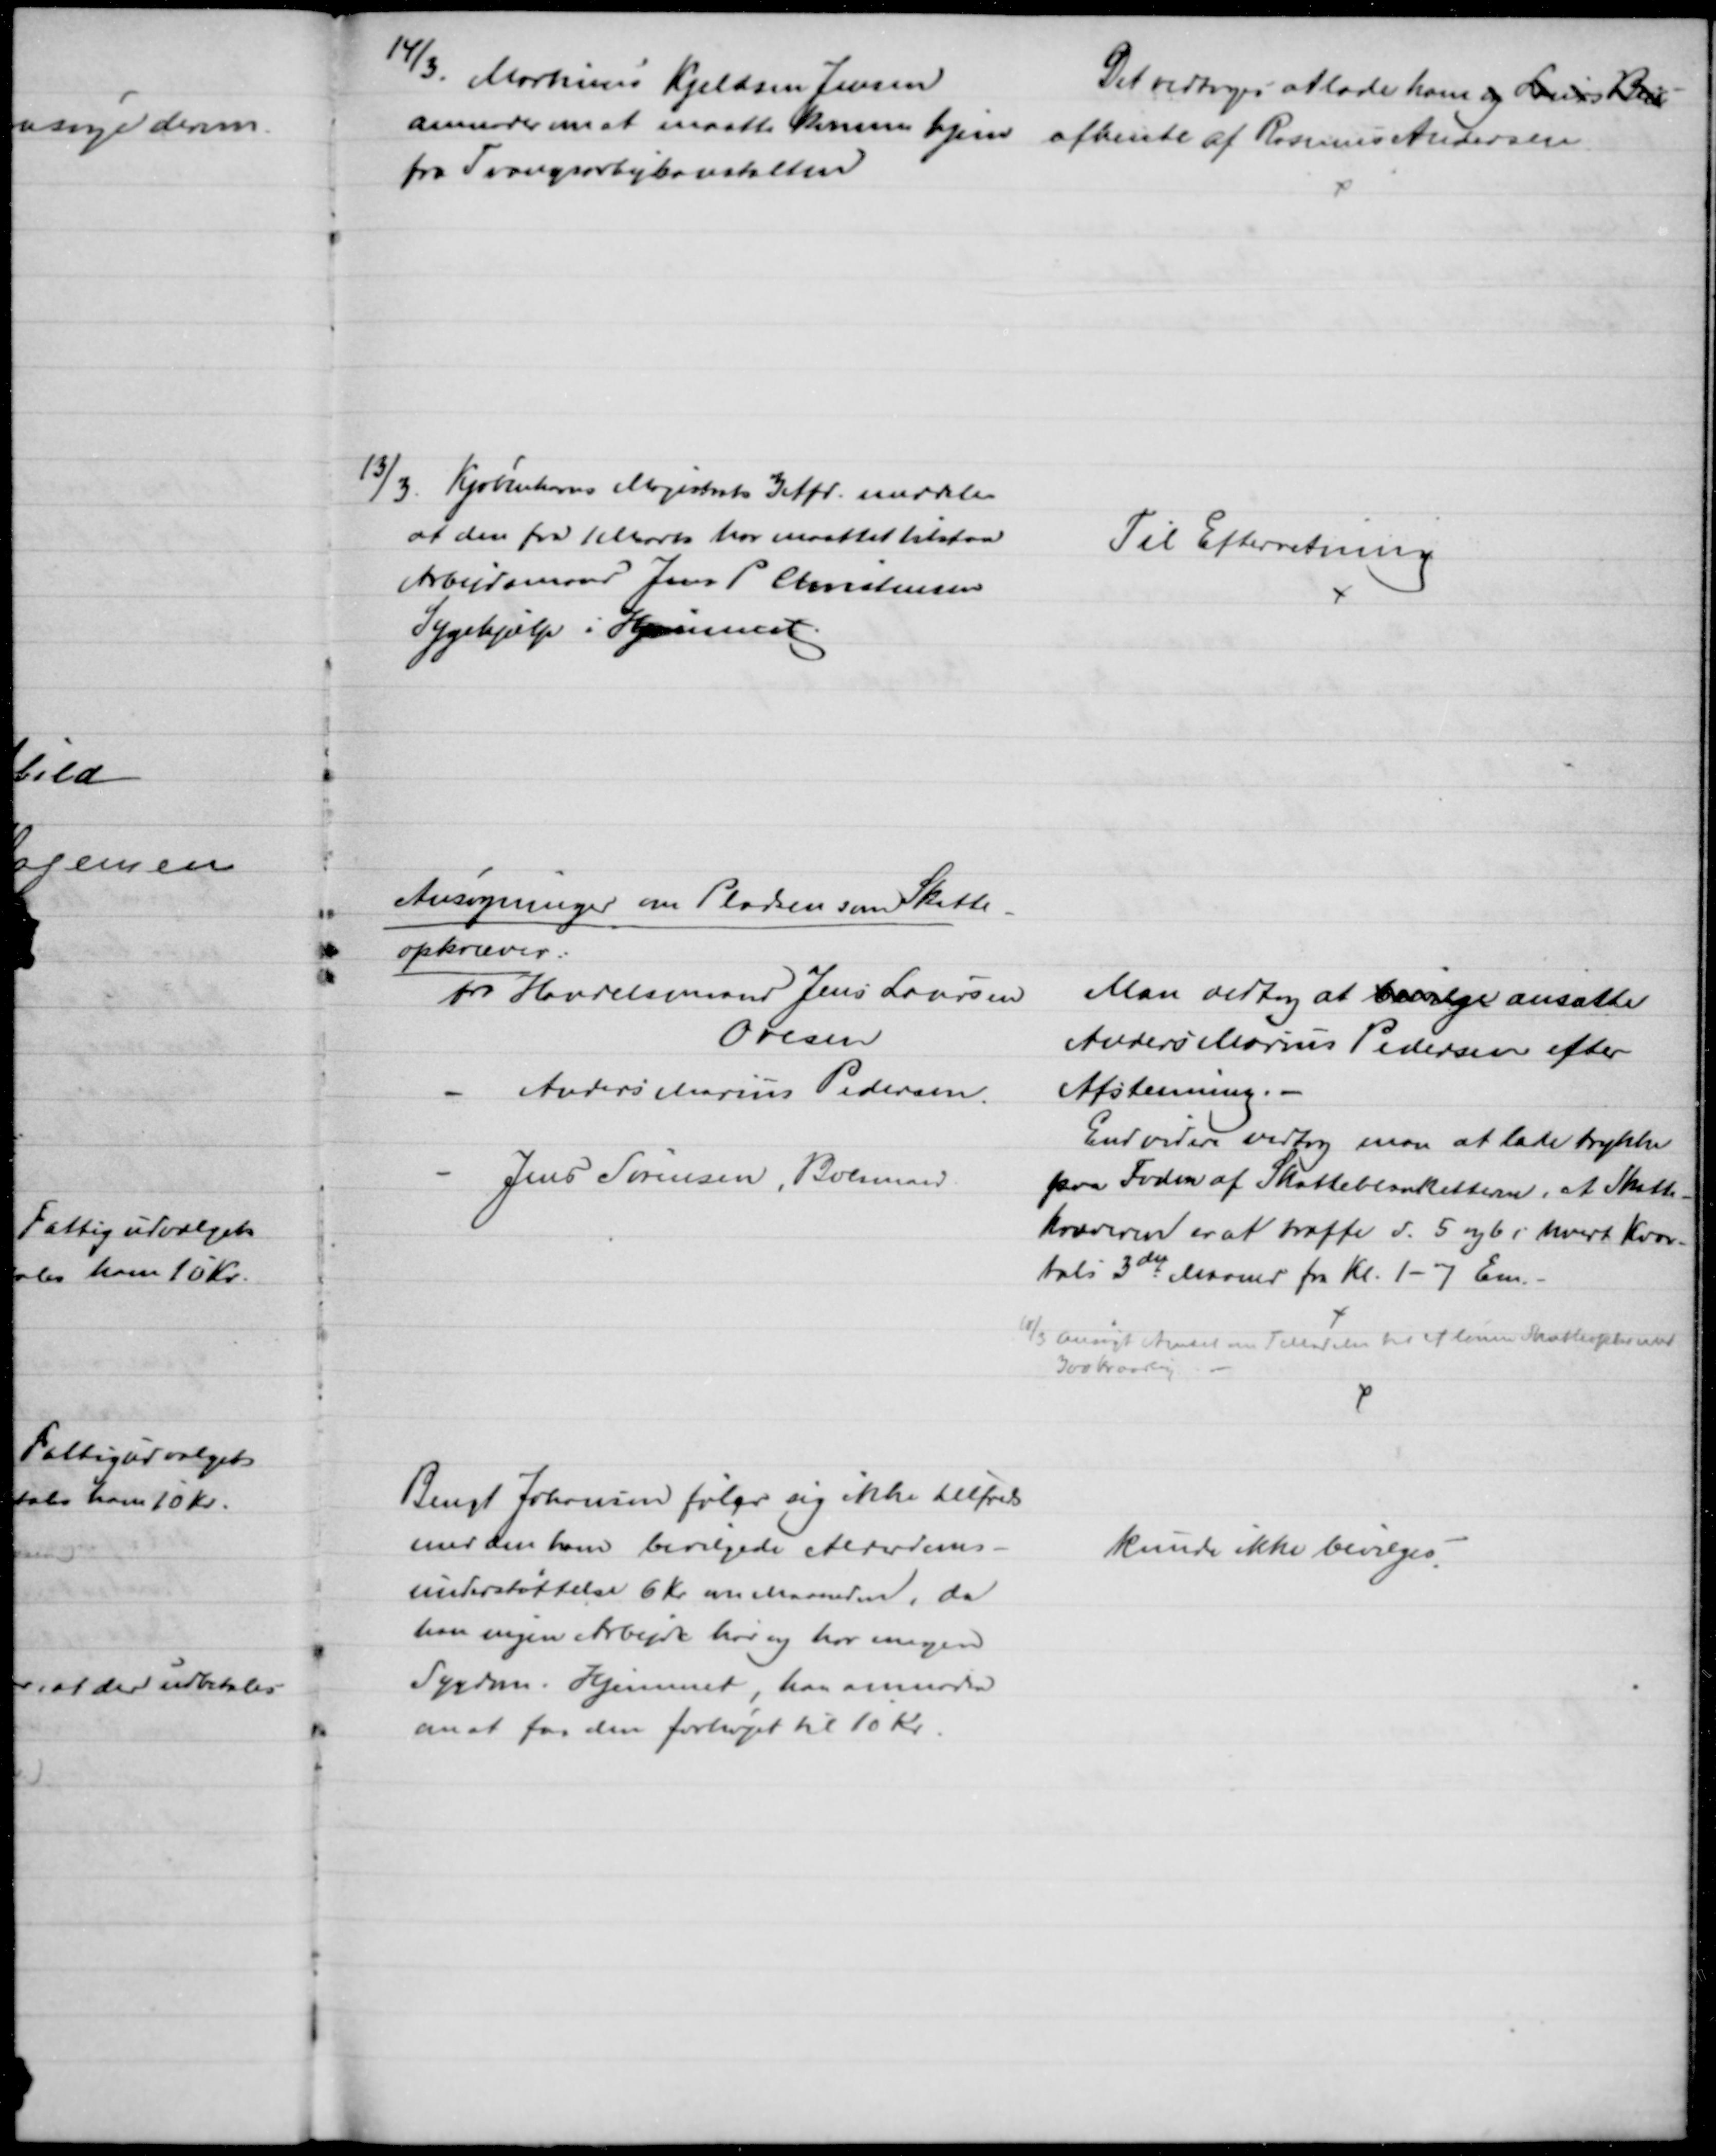
Transskription:
14/3. Martinus Kjeldsen Jensen
anmoder om at maatte komme hjem
fra Tvangsarbejdsanstalten
Det vedtoges at lade ham og Laurs Beis
afhente af Rasmus Andersen
13/3. Kjøbenhavns Magistrats 3 Afd. meddeler
at den fra 1 Marts har maattet tilstaa
Arbejdsmand Jens P Christensen
Sygehjælp i Hjemmet.
Til Efterretning
Ansøgninger om Pladsen som Skatte-
opkræver:
fra Handelsmand Jens Laursen
Ovesen
Anders Marius Pedersen.
Jens Sørensen, Bolsmand.
Man vedtog at bevilge ansætte
Anders Marius Pedersen efter
Afstemning. 
Endvidere vedtog man at lade trykke
paa Foden af Skatteblanketterne, at Skatte-
kræveren er at træffe d. 5 og 6 i hvert Kvar-
tals 3die Maaned fra Kl. 1 - 7 Em.
10/3 ansøgt Amtet om Tilladelse til at lønne Skatteopkræver
300 Kr aarlig.
Bengt Johansen føler sig ikke tilfreds
med den ham bevilgede Alderdoms-
understøttelse 6 Kr. om Maaneden, da
han ingen Arbejde har og har megen
Sygdom i Hjemmet, har anmoder
om at faa den forhøjet til 10 Kr.
kunde ikke bevilges.